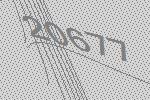
20677